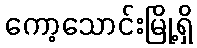
ကော့သောင်းမြို့ရှိ